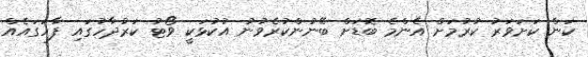
ކަން ކަށަވަރު ކުރުމަށް އެންމެ ބޮޑަށް ބޭނުންކުރެވުނު އުކުޅަކީ ވޯޓު ކަރުދާހުގައި ފާހަގައެއް